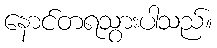
နောင်တရသွားပါသည်။